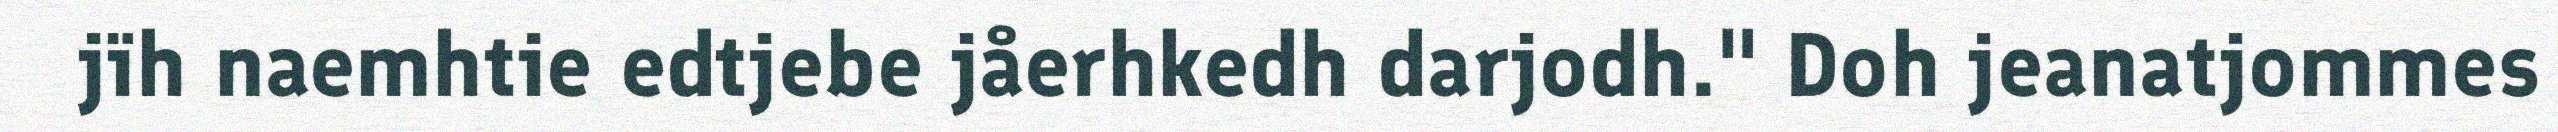
jïh naemhtie edtjebe jåerhkedh darjodh." Doh jeanatjommes